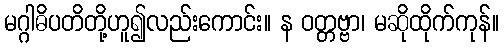
မဂ္ဂါဓိပတိတို့ဟူ၍လည်းကောင်း။ န ဝတ္တဗ္ဗာ၊ မဆိုထိုက်ကုန်။